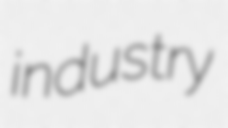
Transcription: industry